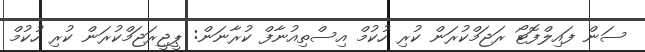
ސަން ފައިލްފޮޓޯ ރަޖަމްކުރަން ކުރި ހުކުމް އިސްތިއުނާފް ކުރާނަން: ޕީޖީރަޖަމްކުރަން ކުރި ހުކުމް